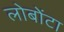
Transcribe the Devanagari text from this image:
लोबोंटा